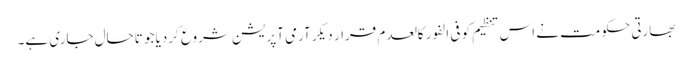
بھارتی حکومت نے اس تنظیم کو فی الفور کالعدم قرار دیکر آرمی آپریشن شروع کردیا جو تاحال جاری ہے۔